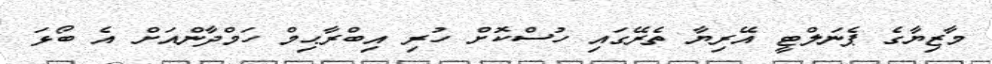
މާޒިޔާގެ ޕެނަލްޓީ އޭރިޔާ ތެރޭގައި ހުސްކޮށް ހުރި އިބްރާޙިމް ހަމްދާންއަށް އެ ބޯޅަ